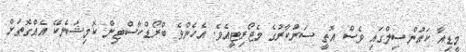
މީޑިއާ ކައުންސިލްގައި ވެސް އޮތީ ސަރުކާރުގެ މެޖޯރިޓީއެވެ. އެހެންވެ ބްރޯޑްކާސްޓިން ކޮމިޝަނެކޭ އެއްގޮތަށް